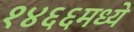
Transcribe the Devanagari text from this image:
१४६६मध्ये